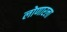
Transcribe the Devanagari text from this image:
लोणारला